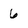
Character: 6